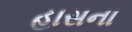
હાસના